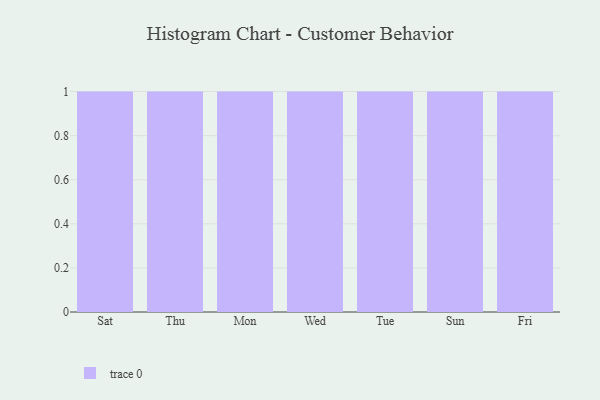
{"axis": {"x": "Day", "y": "Bounce Rate (%)"}, "legend": [""], "data": [{"x": "Sat", "y": 44, "type": ""}, {"x": "Thu", "y": 44, "type": ""}, {"x": "Mon", "y": 90, "type": ""}, {"x": "Wed", "y": 61, "type": ""}, {"x": "Tue", "y": 54, "type": ""}, {"x": "Sun", "y": 62, "type": ""}, {"x": "Fri", "y": 22, "type": ""}]}